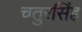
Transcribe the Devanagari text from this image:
चतुरसिंह